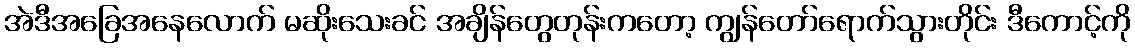
အဲဒီအခြေအနေလောက် မဆိုးသေးခင် အချိန်တွေတုန်းကတော့ ကျွန်တော်ရောက်သွားတိုင်း ဒီကောင့်ကို